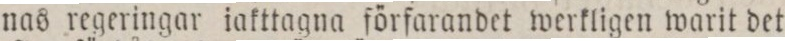
nas regeringar iakttagna förſarandet werkligen warit det